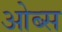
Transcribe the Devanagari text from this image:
ओब्स